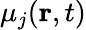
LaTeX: \mu_{j}(\mathbf{r},t)